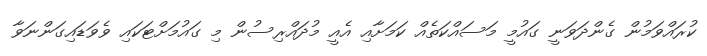
ކުރައްވަމުން ގެންދަވަނީ ގައުމީ މަސައްކަތެއް ކަމަށާއި އެއީ މުދައްރިސުން މި ގައުމަށްޓަކައި ވެވަޑައިގަންނަވާ